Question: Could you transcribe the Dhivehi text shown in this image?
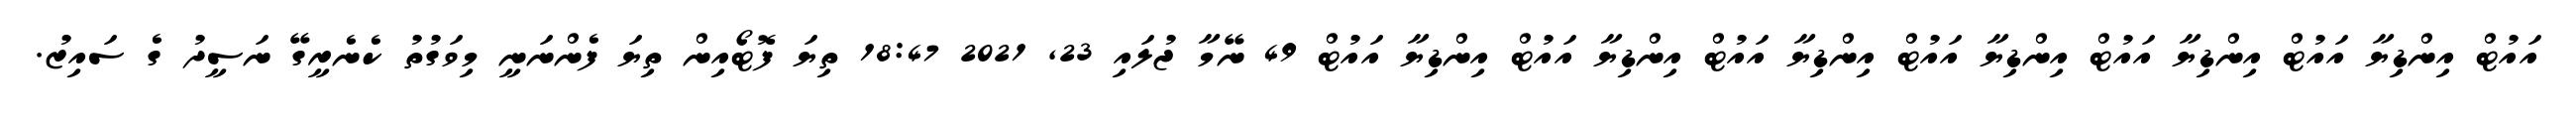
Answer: އައުޓް އިންޑިޔާ އައުޓް އިންޑިޔާ އައުޓް އިންޑިޔާ އައުޓް އިންޑިޔާ އައުޓް އިންޑިޔާ އައުޓް އިންޑިޔާ އައުޓް 49 ނޭމާ ޖުލައި 23, 2021 18:47 ތިޔަ ފޮޓޯއިން ތިޔަ ފެންނަނީ މިވަގުތު ކެނެރީގޭ ނަސީދު ގެ ސައިޒު.